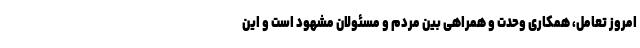
امروز تعامل، همکاری وحدت و همراهی بین مردم و مسئولان مشهود است و این